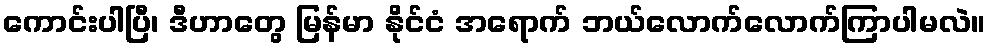
ကောင်းပါပြီ၊ ဒီဟာတွေ မြန်မာ နိုင်ငံ အရောက် ဘယ်လောက်လောက်ကြာပါမလဲ။